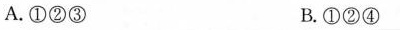
A.①②③ B.①②④